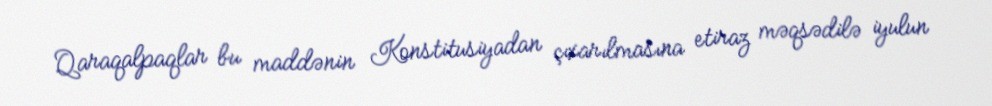
Qaraqalpaqlar bu maddənin Konstitusiyadan çıxarılmasına etiraz məqsədilə iyulun